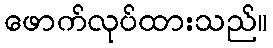
ဖောက်လုပ်ထားသည်။